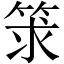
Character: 𥭑